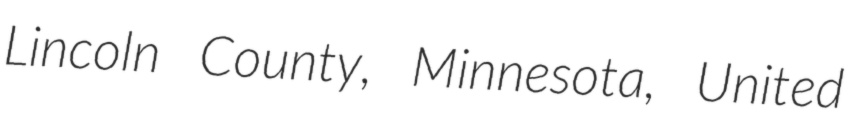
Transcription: Lincoln County, Minnesota, United